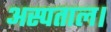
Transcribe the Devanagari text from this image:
अस्पताल।